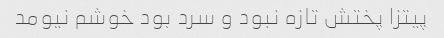
پیتزا پختش تازه نبود و سرد بود خوشم نیومد